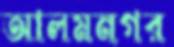
আলমনগর